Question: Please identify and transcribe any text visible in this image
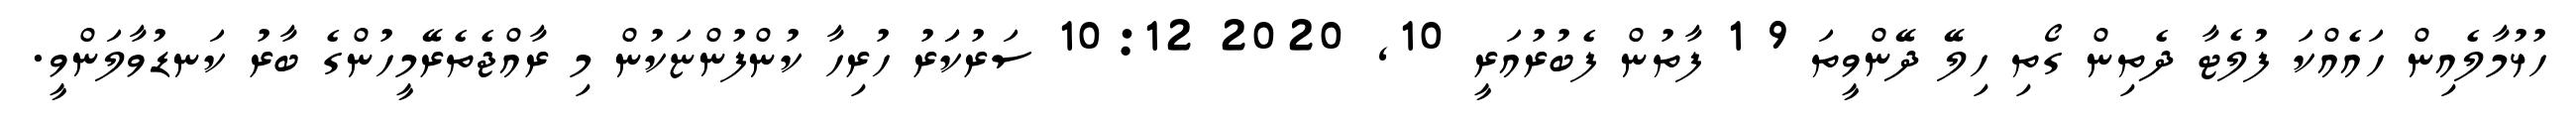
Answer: ހުޅުމާލެއިން ހައެއްކަ ފުލެޓާ ދެތިން ގޯތި ހިލޭ ދޭންވީތަ 9 1 ފާތުން ފެބުރުއަރީ 10, 2020 10:12 ސަރުކަަރު ހުރިހާ ކުންފުންޏަކުން މި ރާއްޖެތެރޭމީހުންގެ ބާރު ކަނޑުވާލަންވީ.